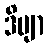
ဒိဗျာ